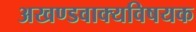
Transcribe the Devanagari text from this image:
अखण्डवाक्यविषयक